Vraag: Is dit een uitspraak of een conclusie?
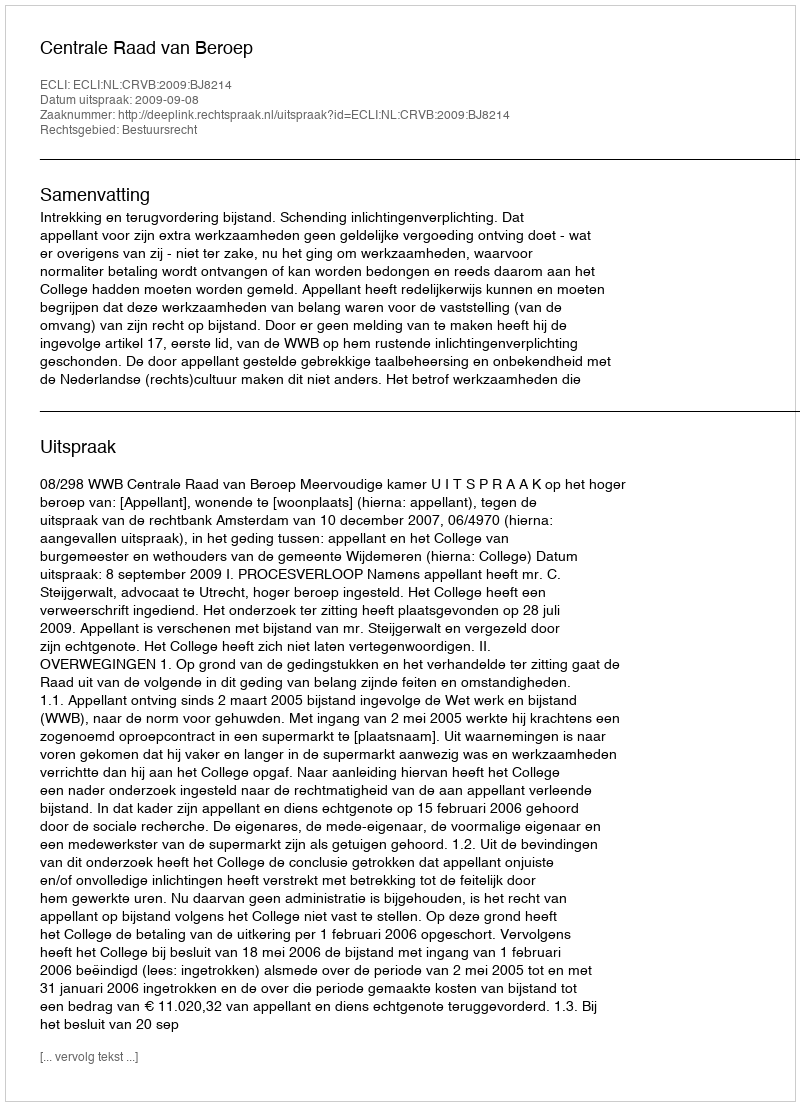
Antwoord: Uitspraak